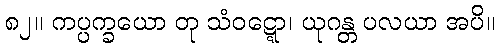
၈၂။ ကပ္ပက္ခယော တု သံဝဋ္ဋော၊ ယုဂန္တ ပလယာ အပိ။